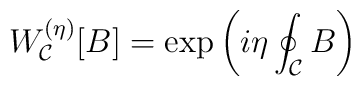
W_{\cal C}^{(\eta)}[B] = \exp\left(i\eta\oint_{\cal C} B\right)